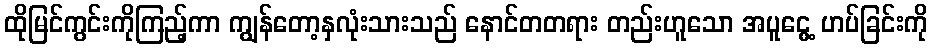
ထိုမြင်ကွင်းကိုကြည့်ကာ ကျွန်တော့နှလုံးသားသည် နောင်တတရား တည်းဟူသော အပူငွေ့ ဟပ်ခြင်းကို